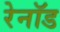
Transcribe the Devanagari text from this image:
रेनॉड